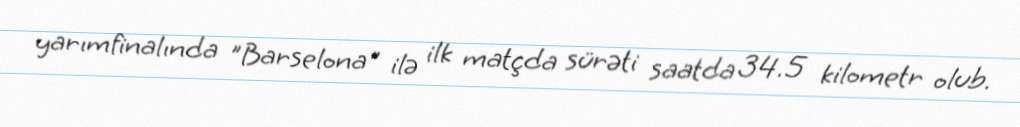
yarımfinalında "Barselona" ilə ilk matçda sürəti saatda 34.5 kilometr olub.